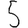
Digit: 5